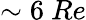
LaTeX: \sim 6~Re